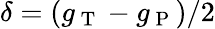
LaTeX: \delta=(g_{\mathrm{~T~}}-g_{\mathrm{~P~}})/2